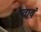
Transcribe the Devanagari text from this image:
एवायं